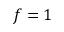
f = 1